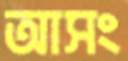
আসং